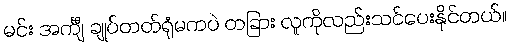
မင်း အင်္ကျီ ချုပ်တတ်ရုံမကပဲ တခြား လူကိုလည်းသင်ပေးနိုင်တယ်။